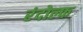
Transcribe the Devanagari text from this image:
रंदोल्फ